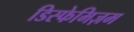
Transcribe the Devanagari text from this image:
डिस्फेमिज़म